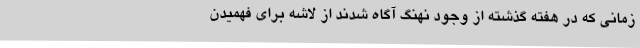
زمانی که در هفته گذشته از وجود نهنگ آگاه شدند از لاشه برای فهمیدن